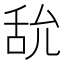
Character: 𦧊